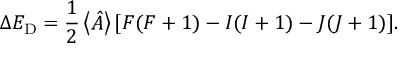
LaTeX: \Delta E _ { \mathrm { D } } = { \frac { 1 } { 2 } } \left\langle { \hat { A } } \right\rangle [ F ( F + 1 ) - I ( I + 1 ) - J ( J + 1 ) ] .